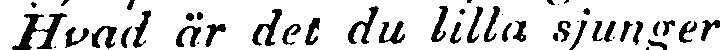
Hvad är det du lilla sjunger,